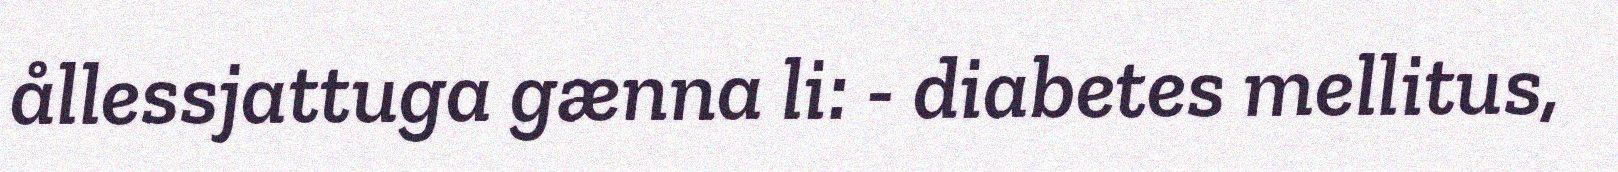
ållessjattuga gænna li: - diabetes mellitus,